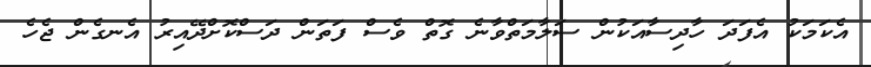
އެކަމަކު އެފަދަ ހާދިސާއަކުން ސަލާމަތްވާނެ ގޮތް ވެސް ފަތަން ދަސްކޮށްދޭއިރު އެނގެން ޖެހެ